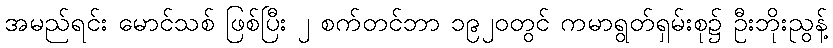
အမည်ရင်း မောင်သစ် ဖြစ်ပြီး ၂ စက်တင်ဘာ ၁၉၂၀တွင် ကမာရွတ်ရှမ်းစု၌ ဦးဘိုးညွန့်